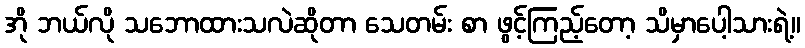
အို ဘယ်လို သဘောထားသလဲဆိုတာ သေတမ်း စာ ဖွင့်ကြည့်တော့ သိမှာပေါ့သားရဲ့။